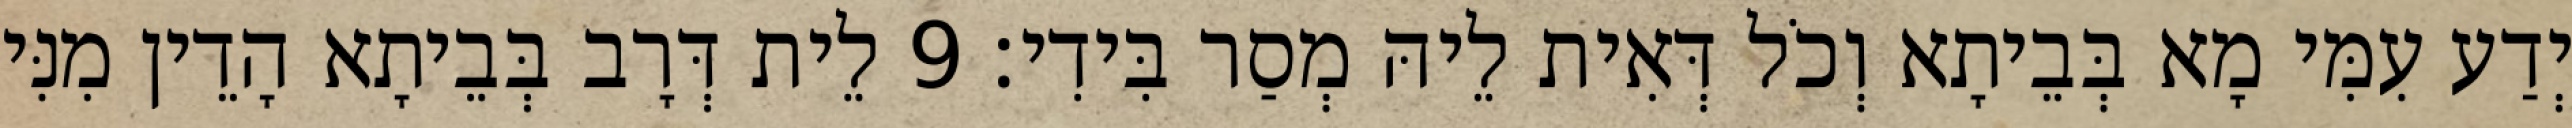
יְדַע עִמִּי מָא בְּבֵיתָא וְכֹל דְּאִית לֵיהּ מְסַר בִּידִי׃ 9 לֵית דְּרָב בְּבֵיתָא הָדֵין מִנִּי